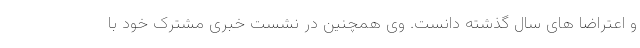
و اعتراضا های سال گذشته دانست. وی همچنین در نشست خبری مشترک خود با